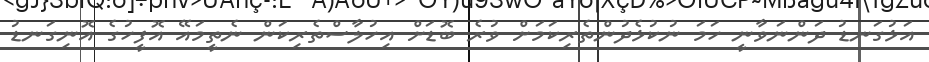
އަޅުގަނޑު ދަންނަވާނީ ހަމަ ނުކުޅެދުންތެރިކަމަށް ވުރެ ބޮޑަށް އިހުލާސްތެރިކަން ނެތީމައޭ އޮފީހުގެ އޮނިގަނޑު